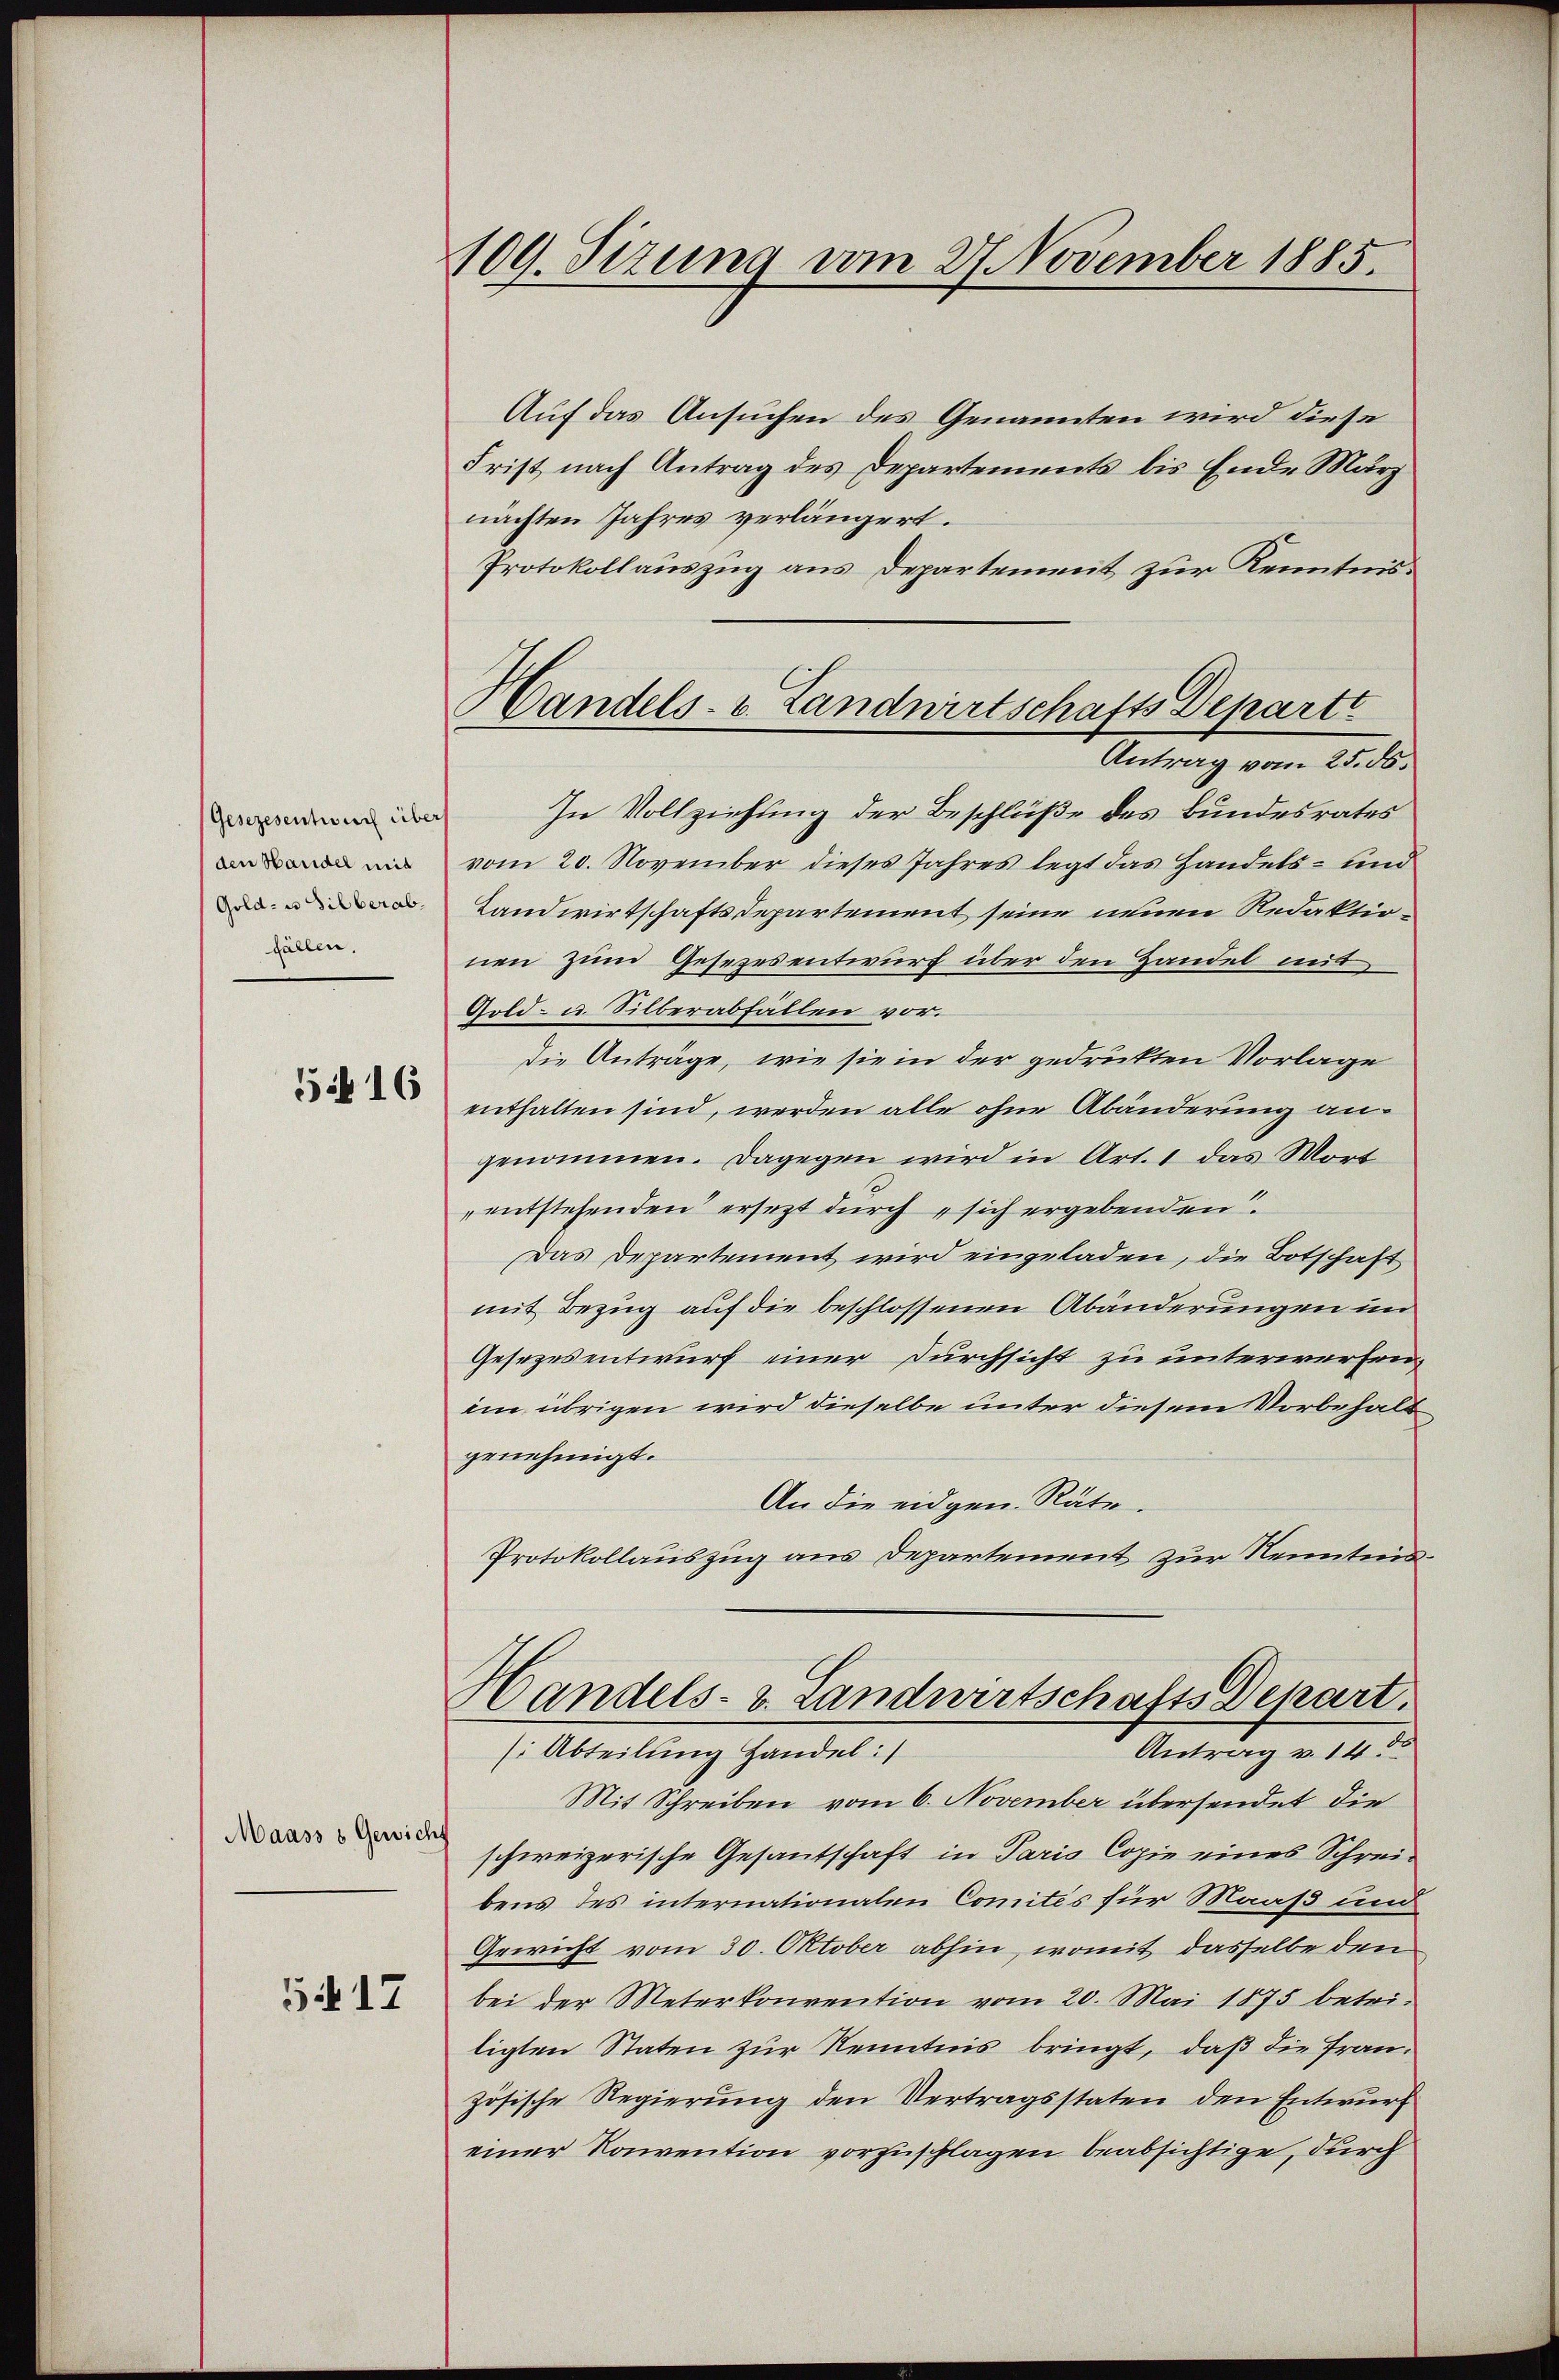
(Gesezesentwer über
den Handel mit
Gold- u Silber ab,
fällen.

516

Maass s Gewicht

517

109. Sizung vom 27. November 1885.

Handels- u. Landwirtschafts Departe

Auf das Ansuchen des Genannten wird diese
Frist nach Antrag des Departements bis Ende März
nachten Jahres verlängert.
Protokollauszug aus Departenweit zur Kenntnis
Antrag vom 25. ds.
In Vollziehung der Beschlüße des Bundesrates
vom 20. November dieses Jahres legt das Handels- und
Landwirtschaftsdepartement seine neuen Redaktionen zum Gesezesentwurf über den Handel mit
Gold- u. Silberabfällen vor.
die Anträge, wie sie in der gedruckten Vorlage
enthalten sind, werden alle ohne Abänderung angenommen. Dagegen wird in Art. 1 das Wort
entstehenden ersezt durch sich ergebenden
Das Departement wird eingeladen, die Botschaft
mit Bezug auf die beschlossenen Abänderungen im
Gesezesentwurf einer Durchsicht zu unterwerfen,
im übrigen wird dieselbe unter diesem Vorbehalt
genehmigt.
An die eidgen. Räte.
Protokollauszug aus Departement zur Nenntnis¬
Handels- u. Landwirtschafts-Depart.
Antrag v. 14 d
si Abteilung handel:/
Mit Schreiben vom 6. November übersendet die
schweizerische Gesantschaft in Paris Copie eines Schreibens des internationalen Comités für Maaß und
Gewicht vom 30. Oktober abhin, womit dasselbe den
bei der Meterkonvention vom 20. Mai 1875 betri-
ligten Staten zur Kenntnis bringt, daß die Französische Regierung den Vertragsstaten den Entwurf
einer Konvention vorzuschlagen beabsichtige, durch